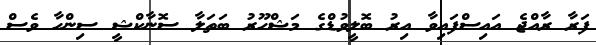
ފަރާ ރާއްޖެ އައިސްފައިވާ އިރު ބޮލީވުޑްގެ މަޝްހޫރު ބަތަލާ ސޮނާކްޝީ ސިންހާ ވެސް